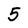
Character: 5